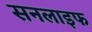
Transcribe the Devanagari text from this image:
सनलाइफ